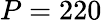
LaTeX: P=220